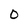
Character: O